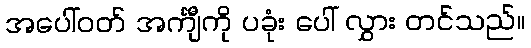
အပေါ်ဝတ် အင်္ကျီကို ပခုံး ပေါ် လွှား တင်သည်။